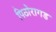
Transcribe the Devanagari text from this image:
पिठोरागड